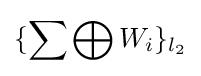
\{\sum \bigoplus W_{i}\}_{l_{2}}